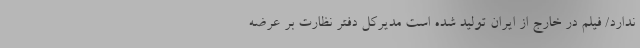
ندارد/ فیلم در خارج از ایران تولید شده است مدیرکل دفتر نظارت بر عرضه